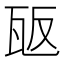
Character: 瓪